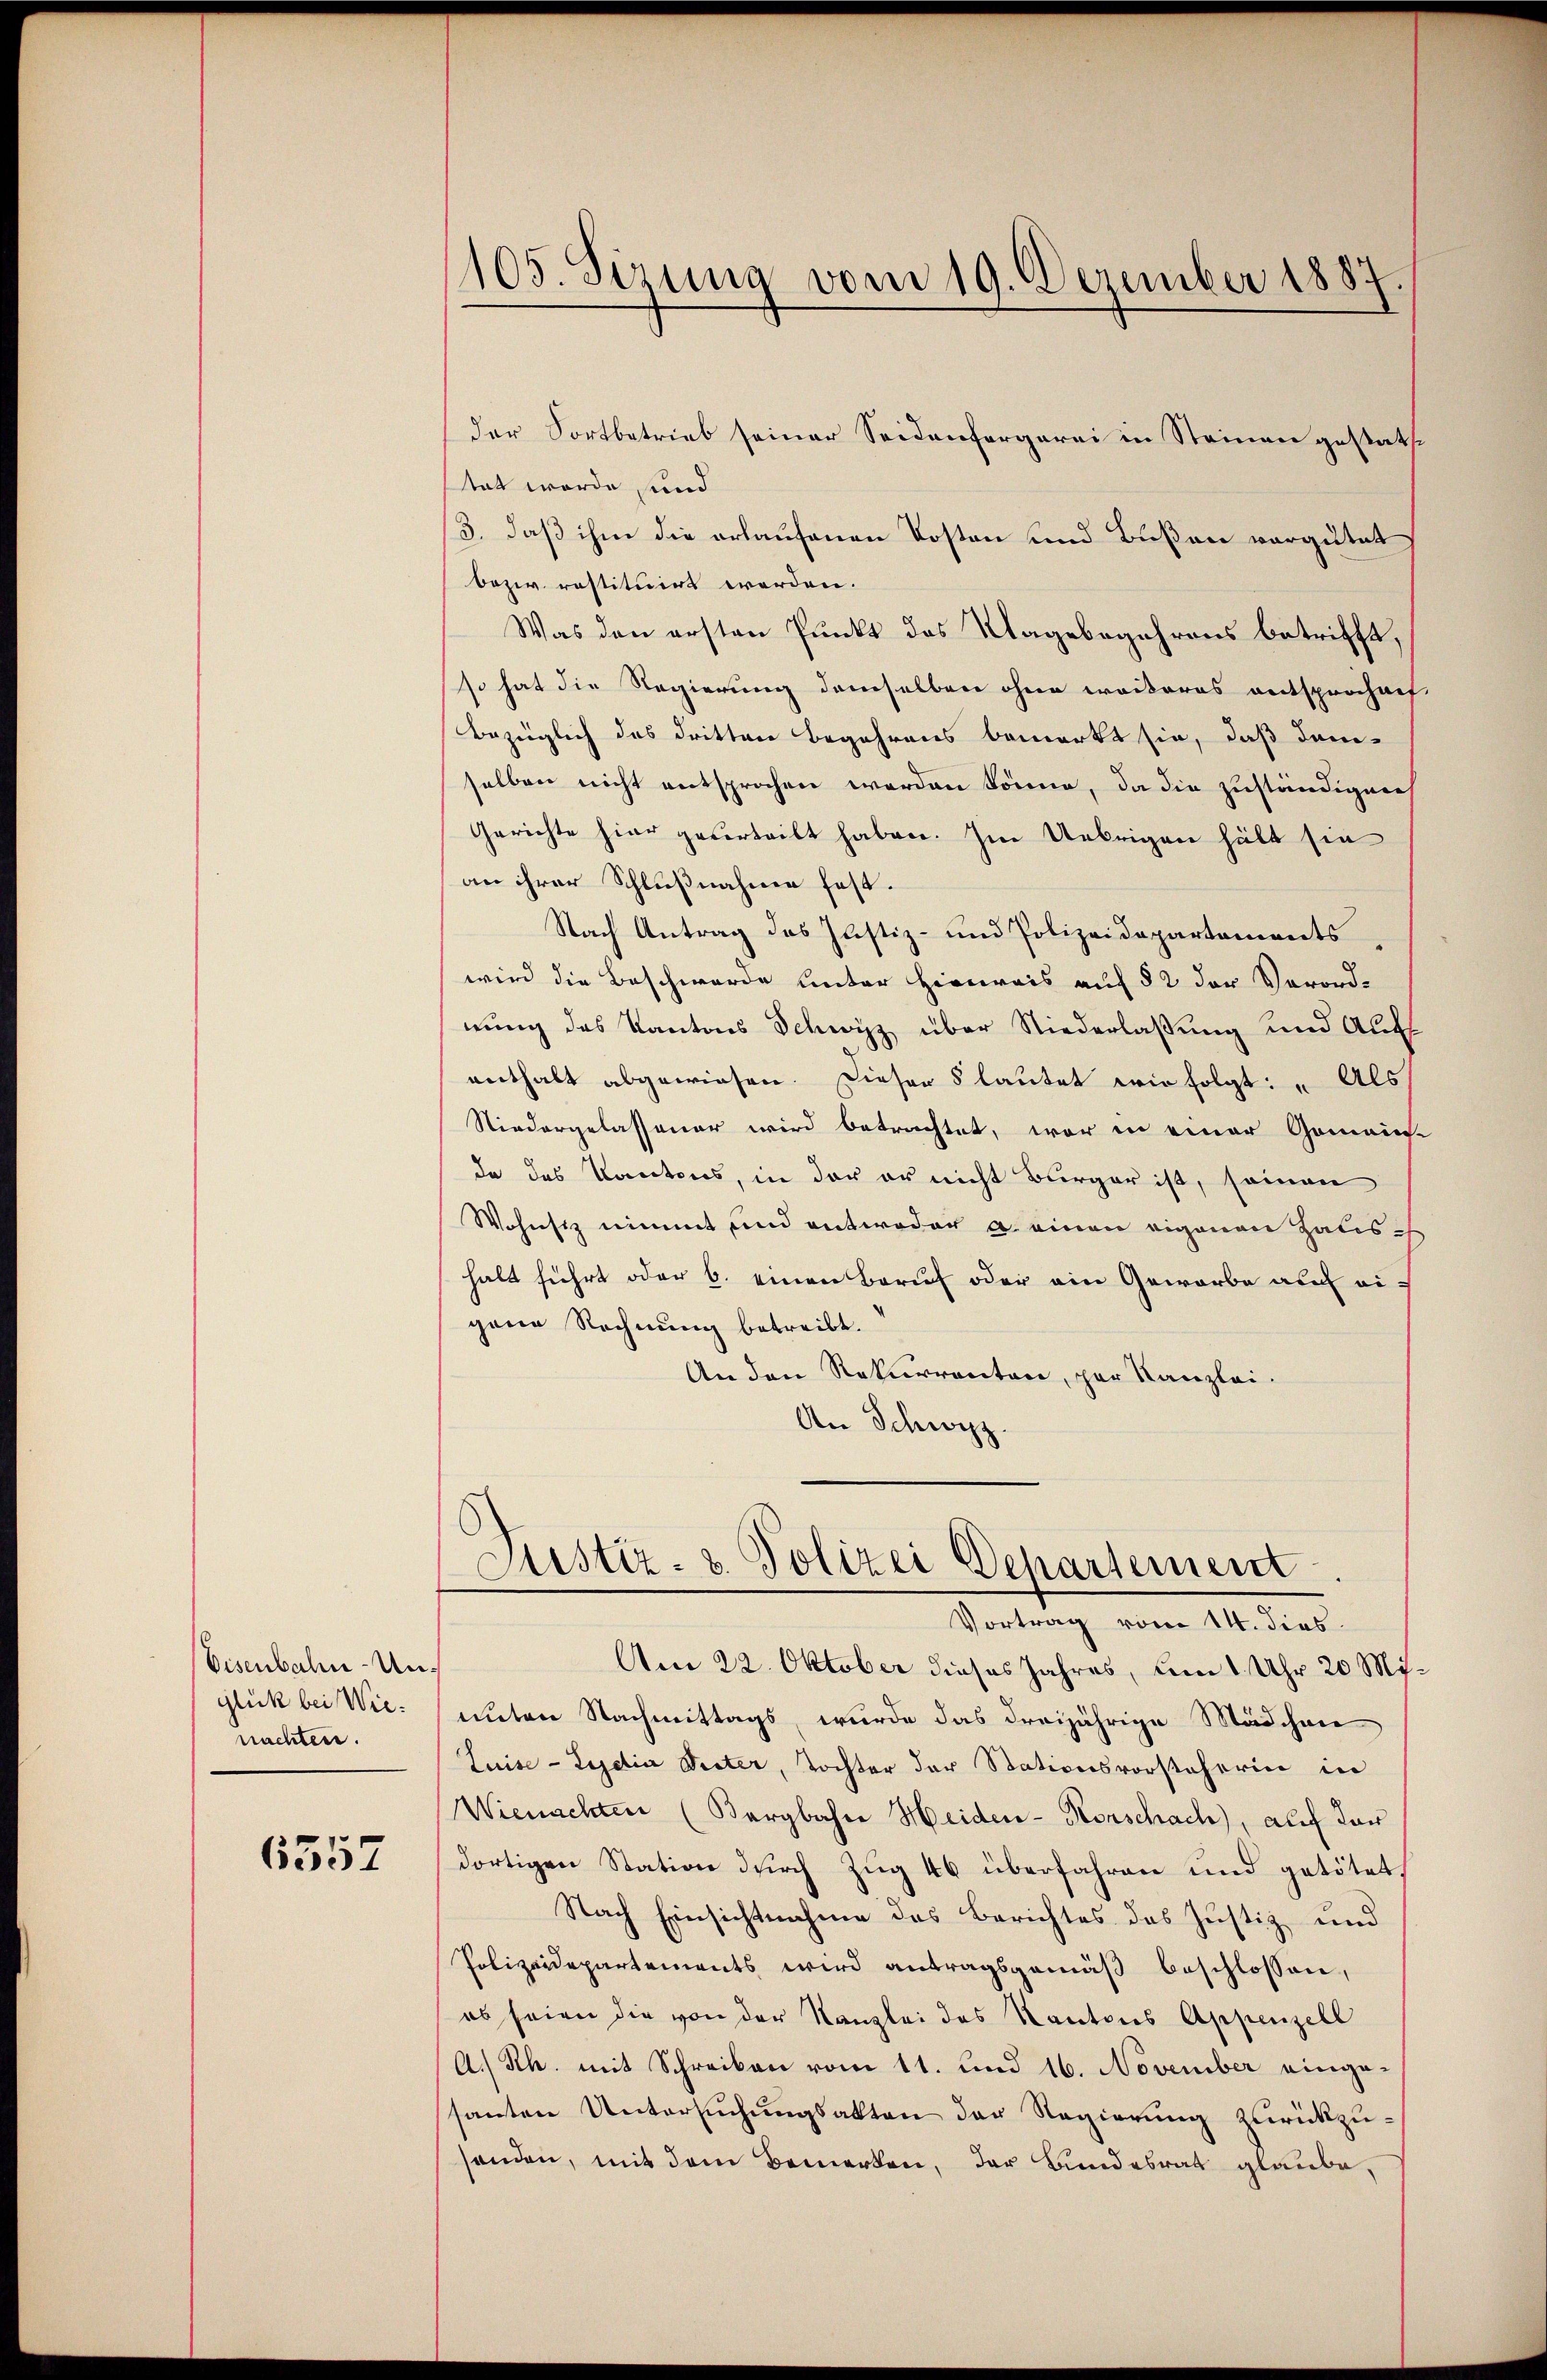
Eisenbahn-Unglück bei Wienachten.

6557

105. Sizung vom 19. Dezember 1887.

der Fortbetrieb seiner Seidenfergerei in Steinen gestatttat wurde sind
3. daß ihm die erlaufenen Kosten und Bußen vergütet
bezw. restituirt werden.
Was den ersten Punkt das Magebegehrens betrifft,
so hat die Regierung demselben ohne weckeres entsprochach,
bezüglich des dritten Begehrens bemerkt sie, daß demselben nicht entsprochen worden könne, da die zuständigen
Gerichte hier geverteilt haben. Im Uebrigen hält sie
an ihrer Schlußnahmen fest.
Nach Antrag des Justiz- und Polizeidepartements
wird die Beschwerde unter Hinweis auf § 2 der Verord-
nung des Kantons Schwyz über Niederlassung und Aufs
enthalt abgewiesen. Dieser 5 lautet wir folgt: „Als
Niedergelassener wird betrachtet, war in einer Gemein-
de des Kantons, in der er nicht Bürger ist, seinen
Wohnsiz nimmt und entweder a. einen eigenen Zalisch
halt führt oder 6. einen Beruf oder ein Geworbe auf eigene Rechnung betreibt.
An den Rekurrenten, par Kanzlei.
An Schwyz.
Justiz- & Polizei Departement
5
Vortrag vom 14. dies
Am 22. Oktober dieses Jahres, um 1 Uhr 20 Miunten Nachmittags, wurde das dreijährige Mädchene
Luise - Lectia Weiter, Tochter der Stationsvorsteherin in
Wienachten (Bergbahre Heiden-Horschach), auf der
dortigen Station dŭrch Zŭg 46 überfahren und getötet.
Nach Einsichtnahme des Berichtes des Justiz und
Polizeidepartements wird antragsgemäß beschlossen,
es seien die von der Kanzlei des Kantons Appenzell
A.) Rh. mit Schreiben vom 11. und 16. November eingesanten Untersuchungsakten der Regierung zurückzusenden, mit dem Bemerken, der Bundesrat glaube.